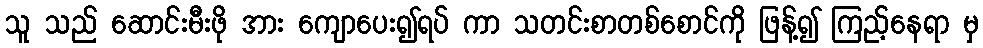
သူ သည် ဆောင်းမီးဖို အား ကျောပေး၍ရပ် ကာ သတင်းစာတစ်စောင်ကို ဖြန့်၍ ကြည့်နေရာ မှ